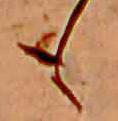
も